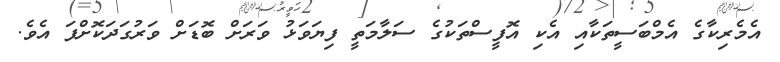
އެމެރިކާގެ އެމްބަސީތަކާއި އެކި އޮފީސްތަކުގެ ސަލާމަތީ ފިޔަވަޅު ވަރަށް ބޮޑަށް ވަރުގަދަކޮށްފަ އެވެ.